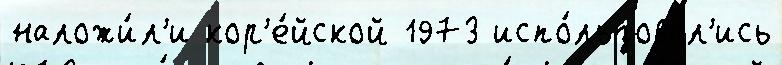
наложи́л'и кор'е́йской 1973 испо́льзовал'ись